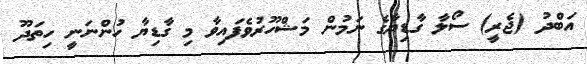
އަބްދު (ޖެރީ) ސޯލާ ގާޑިޔާގެ ނަމުން މަޝްހޫރުވެފައިވާ މި ގާޑިޔާ ހުންނަނީ ހިތަދޫ